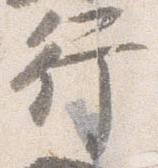
行